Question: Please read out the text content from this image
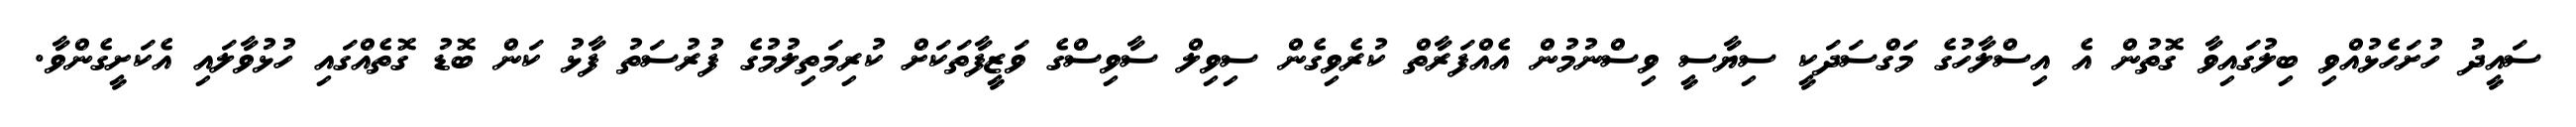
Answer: ސައީދު ހުށަހެޅުއްވި ބިލުގައިވާ ގޮތުން އެ އިސްލާހުގެ މަގްސަދަކީ ސިޔާސީ ވިސްނުމުން އެއްފަރާތް ކުރެވިގެން ސިވިލް ސާވިސްގެ ވަޒީފާތަކަށް ކުރިމަތިލުމުގެ ފުރުސަތު ފާޅު ކަން ބޮޑު ގޮތެއްގައި ހުޅުވާލައި އެކަށީގެންވާ.